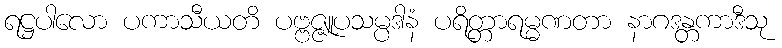
ရဋ္ဌပါလော ပကာသီယတိ ပဗ္ဗဇ္ဇူပသမ္ပဒါနံ ပရိတ္တာရမ္မဏတာ နာဂဒန္တကာဒီသု